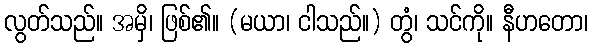
လွတ်သည်။ အမှိ၊ ဖြစ်၏။ (မယာ၊ ငါသည်။) တွံ၊ သင်ကို။ နီဟတော၊